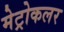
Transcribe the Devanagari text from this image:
मेट्रोकलर